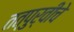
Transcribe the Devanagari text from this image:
तत्पुर्वीचे